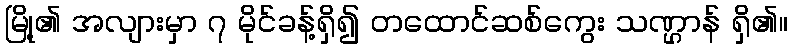
မြို့၏ အလျားမှာ ၇ မိုင်ခန့်ရှိ၍ တထောင်ဆစ်ကွေး သဏ္ဌာန် ရှိ၏။